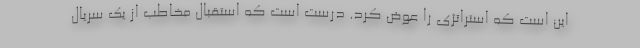
این است که استراتژی را عوض کرد. درست است که استقبال مخاطب از یک سریال